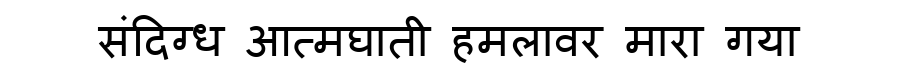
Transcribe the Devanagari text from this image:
संदिग्ध आत्मघाती हमलावर मारा गया